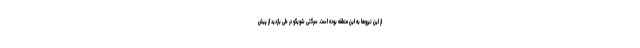
از این نیروها به این منطقه بوده است. سرگئی شویگو در طی بازدید از پیش